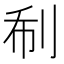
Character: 𠛻